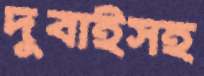
দুবাইসহ